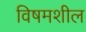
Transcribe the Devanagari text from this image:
विषमशील